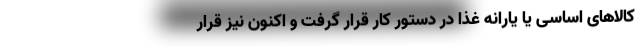
کالاهای اساسی یا یارانه غذا در دستور کار قرار گرفت و اکنون نیز قرار